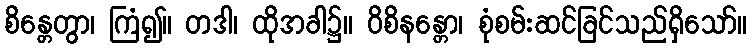
စိန္တေတွာ၊ ကြံ၍။ တဒါ၊ ထိုအခါ၌။ ဝိစိနန္တော၊ စုံစမ်းဆင်ခြင်သည်ရှိသော်။